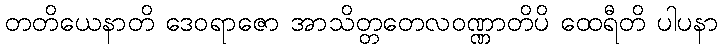
တတိယေနာတိ ဒေဝရာဇော အာသိတ္တတေလဝဏ္ဏာတိပိ ထေရီတိ ပါပနာ